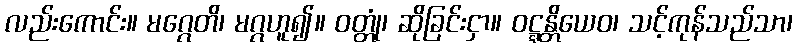
လည်းကောင်း။ မဂ္ဂေတိ၊ မဂ္ဂဟူ၍။ ဝတ္တုံ၊ ဆိုခြင်းငှာ။ ဝဋ္ဋန္တိယေဝ၊ သင့်ကုန်သည်သာ၊